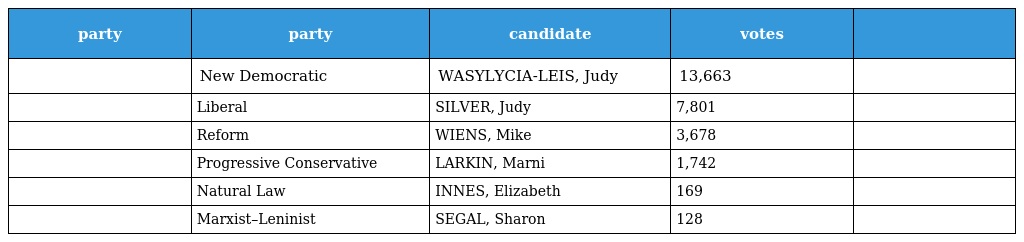
| party | party | candidate | votes |  |
 | --- | --- | --- | --- | --- |
 |  | New Democratic | WASYLYCIA-LEIS, Judy | 13,663 |  |
 |  | Liberal | SILVER, Judy | 7,801 |  |
 |  | Reform | WIENS, Mike | 3,678 |  |
 |  | Progressive Conservative | LARKIN, Marni | 1,742 |  |
 |  | Natural Law | INNES, Elizabeth | 169 |  |
 |  | Marxist–Leninist | SEGAL, Sharon | 128 |  |